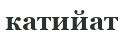
катийат